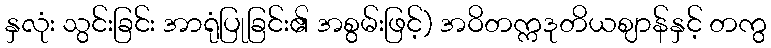
နှလုံး သွင်းခြင်း အာရုံပြုခြင်း၏ အစွမ်းဖြင့်) အဝိတက္ကဒုတိယဈာန်နှင့် တကွ